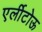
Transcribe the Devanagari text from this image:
एर्लीटोऊ